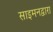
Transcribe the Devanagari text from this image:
साइमनद्वारा